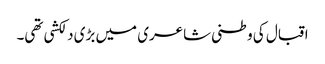
اقبال کی وطنی شاعری میں بڑی دلکشی تھی۔